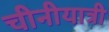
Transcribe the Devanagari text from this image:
चीनीयात्री